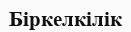
Біркелкілік